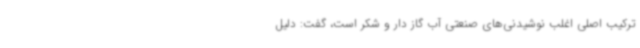
ترکیب اصلی اغلب نوشیدنی‌های صنعتی آب گاز دار و شکر است، گفت: دلیل